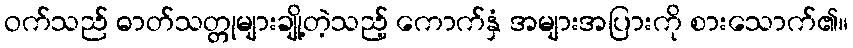
ဝက်သည် ဓာတ်သတ္တုများချို့တဲ့သည့် ကောက်နှံ အများအပြားကို စားသောက်၏။